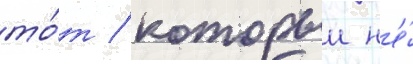
то́т / которыи н'е́